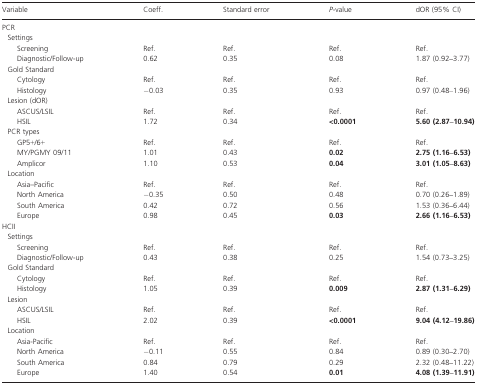
<table><thead><tr><td><b>Variable</b></td><td><b>Coeff.</b></td><td><b>Standard error</b></td><td><b><i>P-</i>value</b></td><td><b>dOR (95% CI)</b></td></tr></thead><tbody><tr><td colspan="5">PCR</td></tr><tr><td> Settings</td><td></td><td></td><td></td><td></td></tr><tr><td>Screening</td><td>Ref.</td><td>Ref.</td><td>Ref.</td><td>Ref.</td></tr><tr><td>Diagnostic/Follow-up</td><td>0.62</td><td>0.35</td><td>0.08</td><td>1.87 (0.92<b>–</b>3.77)</td></tr><tr><td> Gold Standard</td><td></td><td></td><td></td><td></td></tr><tr><td>Cytology</td><td>Ref.</td><td>Ref.</td><td>Ref.</td><td>Ref.</td></tr><tr><td>Histology</td><td>−0.03</td><td>0.35</td><td>0.93</td><td>0.97 (0.48–1.96)</td></tr><tr><td> Lesion (dOR)</td><td></td><td></td><td></td><td></td></tr><tr><td>ASCUS/LSIL</td><td>Ref.</td><td>Ref.</td><td>Ref.</td><td>Ref.</td></tr><tr><td>HSIL</td><td>1.72</td><td>0.34</td><td><b>&lt;0.0001</b></td><td><b>5.60 (2.87–10.94)</b></td></tr><tr><td> PCR types</td><td></td><td></td><td></td><td></td></tr><tr><td>GP5+/6+</td><td>Ref.</td><td>Ref.</td><td>Ref.</td><td>Ref.</td></tr><tr><td>MY/PGMY 09/11</td><td>1.01</td><td>0.43</td><td><b>0.02</b></td><td><b>2.75 (1.16–6.53)</b></td></tr><tr><td>Amplicor</td><td>1.10</td><td>0.53</td><td><b>0.04</b></td><td><b>3.01 (1.05–8.63)</b></td></tr><tr><td> Location</td><td></td><td></td><td></td><td></td></tr><tr><td>Asia–Pacific</td><td>Ref.</td><td>Ref.</td><td>Ref.</td><td>Ref.</td></tr><tr><td>North America</td><td>−0.35</td><td>0.50</td><td>0.48</td><td>0.70 (0.26<b>–</b>1.89)</td></tr><tr><td>South America</td><td>0.42</td><td>0.72</td><td>0.56</td><td>1.53 (0.36<b>–</b>6.44)</td></tr><tr><td>Europe</td><td>0.98</td><td>0.45</td><td><b>0.03</b></td><td><b>2.66 (1.16–6.53)</b></td></tr><tr><td colspan="5">HCII</td></tr><tr><td colspan="5"> Settings</td></tr><tr><td>Screening</td><td>Ref.</td><td>Ref.</td><td>Ref.</td><td>Ref.</td></tr><tr><td>Diagnostic/Follow-up</td><td>0.43</td><td>0.38</td><td>0.25</td><td>1.54 (0.73<b>–</b>3.25)</td></tr><tr><td colspan="5"> Gold Standard</td></tr><tr><td>Cytology</td><td>Ref.</td><td>Ref.</td><td>Ref.</td><td>Ref.</td></tr><tr><td>Histology</td><td>1.05</td><td>0.39</td><td><b>0.009</b></td><td><b>2.87 (1.31–6.29)</b></td></tr><tr><td colspan="5"> Lesion</td></tr><tr><td>ASCUS/LSIL</td><td>Ref.</td><td>Ref.</td><td>Ref.</td><td>Ref.</td></tr><tr><td>HSIL</td><td>2.02</td><td>0.39</td><td><b>&lt;0.0001</b></td><td><b>9.04 (4.12–19.86)</b></td></tr><tr><td colspan="5"> Location</td></tr><tr><td>Asia-Pacific</td><td>Ref.</td><td>Ref.</td><td>Ref.</td><td>Ref.</td></tr><tr><td>North America</td><td>−0.11</td><td>0.55</td><td>0.84</td><td>0.89 (0.30<b>–</b>2.70)</td></tr><tr><td>South America</td><td>0.84</td><td>0.79</td><td>0.29</td><td>2.32 (0.48<b>–</b>11.22)</td></tr><tr><td>Europe</td><td>1.40</td><td>0.54</td><td><b>0.01</b></td><td><b>4.08 (1.39–11.91)</b></td></tr></tbody></table>